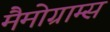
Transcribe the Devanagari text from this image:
मैमोग्राम्स